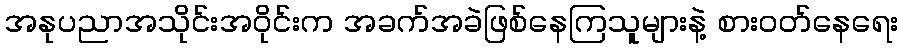
အနုပညာအသိုင်းအဝိုင်းက အခက်အခဲဖြစ်နေကြသူများနဲ့ စားဝတ်နေရေး